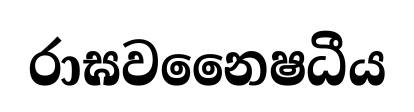
රාඝවනෛෂධීය